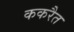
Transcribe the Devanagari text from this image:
ककरैत